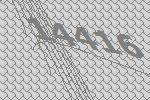
14416